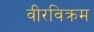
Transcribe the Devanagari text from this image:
वीरविक्रम